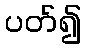
ပတ်၍